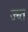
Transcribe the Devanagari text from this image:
ज्घ्त